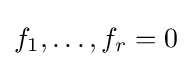
f_{1},\ldots ,f_{r}=0